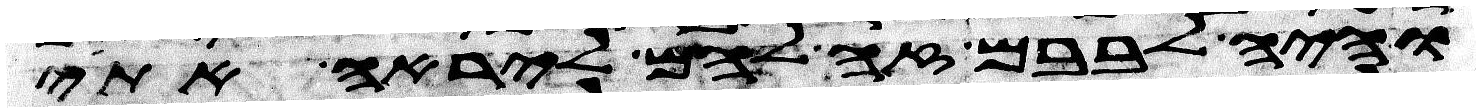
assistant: והיה לבבם זה להם ליראה אתי